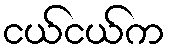
ငယ်ငယ်က